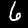
Label: 6